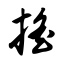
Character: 摇